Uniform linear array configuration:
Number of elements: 48
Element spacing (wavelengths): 1
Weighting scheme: cosine
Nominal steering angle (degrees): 45
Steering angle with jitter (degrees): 45.519
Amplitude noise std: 0.05
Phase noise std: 0.05

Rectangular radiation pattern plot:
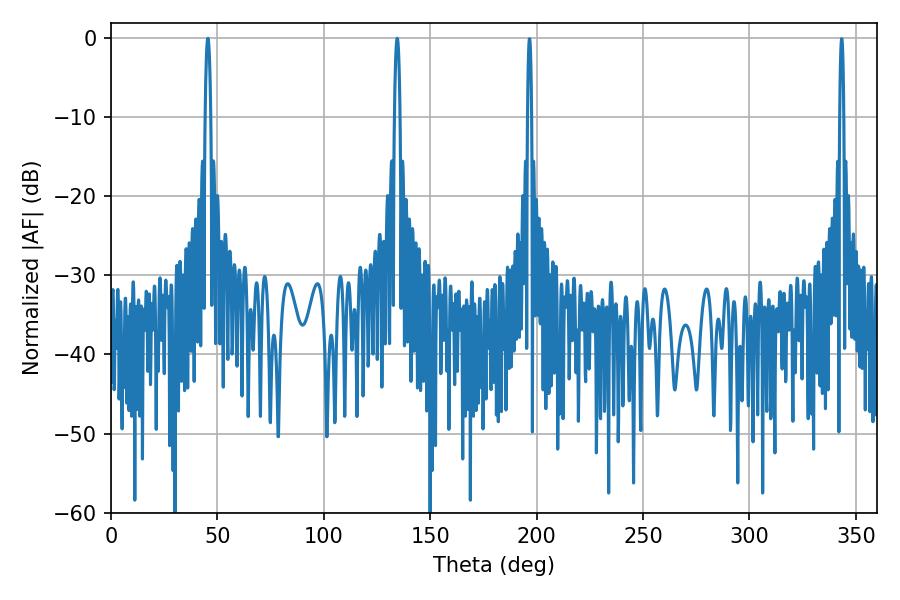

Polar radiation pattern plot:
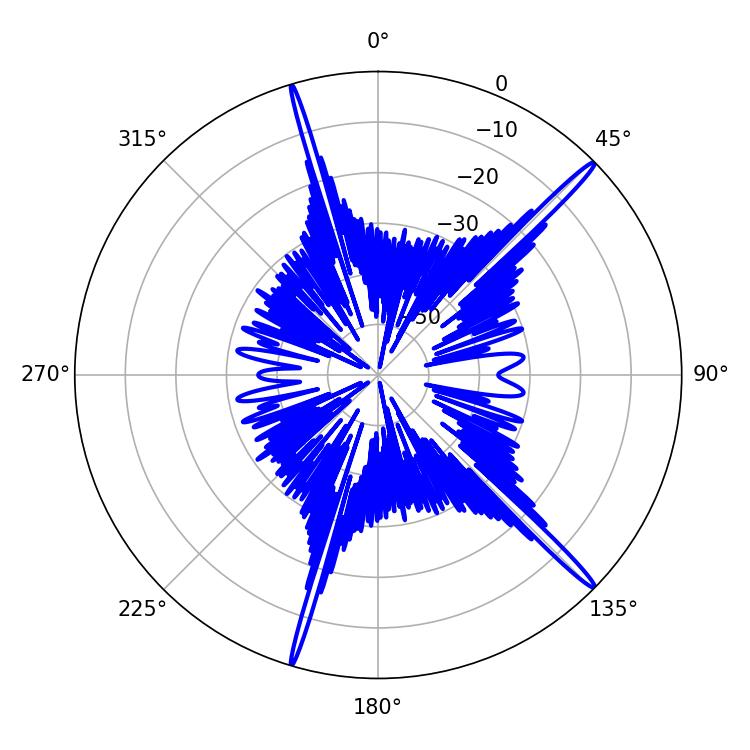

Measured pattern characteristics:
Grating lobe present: TRUE
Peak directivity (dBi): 18.22
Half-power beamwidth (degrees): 1.44
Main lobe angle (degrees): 45.54